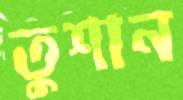
তুশান